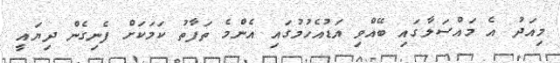
މިއަދު އެ މައްސަލާގައި ބޭއްވި އަޑުއެހުމުގައި އެންމެ ތަފާތު ކަމަކަށް ފެނިގެން ދިޔައީ